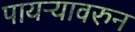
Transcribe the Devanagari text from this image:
पायऱ्यावरुन